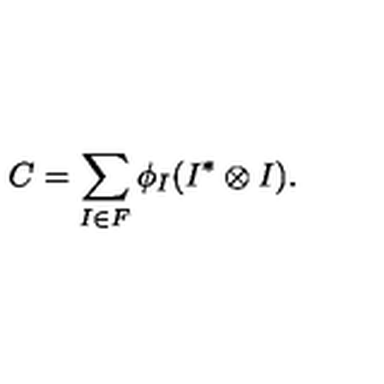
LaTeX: C = \sum _ { I \in F } \phi _ { I } ( I ^ { * } \otimes I ) .